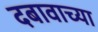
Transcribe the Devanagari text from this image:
दबावाच्या